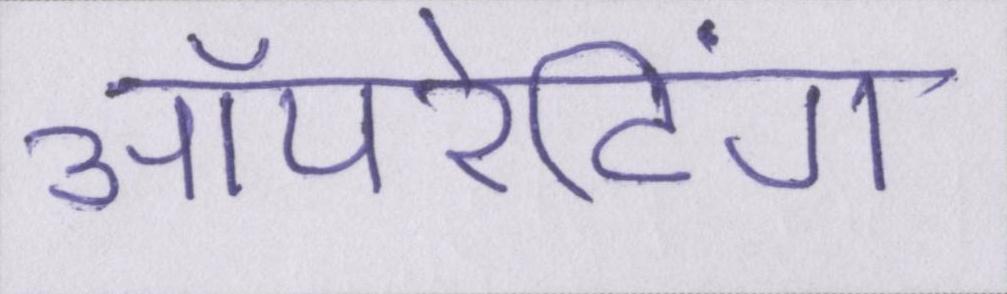
ऑपरेटिंग